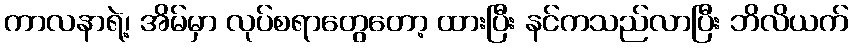
ကာလနာရဲ့၊ အိမ်မှာ လုပ်စရာတွေတော့ ထားပြီး နင်ကသည်လာပြီး ဘိလိယက်